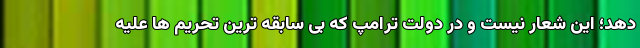
دهد؛ این شعار نیست و در دولت ترامپ که بی سابقه ترین تحریم ها علیه